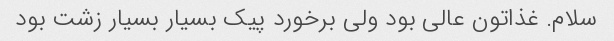
سلام. غذاتون عالی بود ولی برخورد پیک بسیار بسیار زشت بود